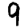
Digit: 9